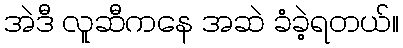
အဲဒီ လူဆီကနေ အဆဲ ခံခဲ့ရတယ်။